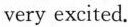
very excited.